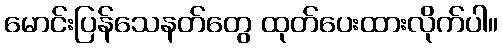
မောင်းပြန်သေနတ်တွေ ထုတ်ပေးထားလိုက်ပါ။